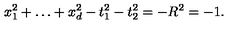
x _ { 1 } ^ { 2 } + \ldots + x _ { d } ^ { 2 } - t _ { 1 } ^ { 2 } - t _ { 2 } ^ { 2 } = - R ^ { 2 } = - 1 .